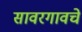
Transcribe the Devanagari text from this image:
सावरगावचे